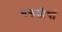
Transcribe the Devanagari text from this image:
चक्रतीर्था